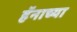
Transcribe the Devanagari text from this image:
हॅनाच्या